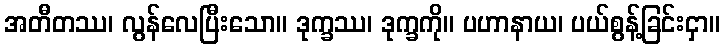
အတီတဿ၊ လွန်လေပြီးသော။ ဒုက္ခဿ၊ ဒုက္ခကို။ ပဟာနာယ၊ ပယ်စွန့်ခြင်းငှာ။